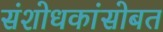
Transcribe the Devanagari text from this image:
संशोधकांसोबत